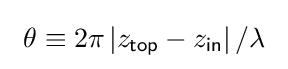
\ \theta \equiv 2\pi \left|z_{\mathsf {top}}-z_{\mathsf {in}}\right|/\lambda ~